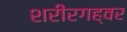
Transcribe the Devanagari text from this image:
शरीरगह्वर